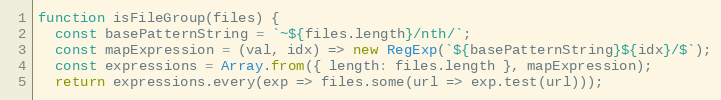
Language: JavaScript
function isFileGroup(files) {
  const basePatternString = `~${files.length}/nth/`;
  const mapExpression = (val, idx) => new RegExp(`${basePatternString}${idx}/$`);
  const expressions = Array.from({ length: files.length }, mapExpression);
  return expressions.every(exp => files.some(url => exp.test(url)));